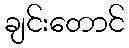
ချင်းတောင်